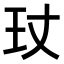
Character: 𤣸